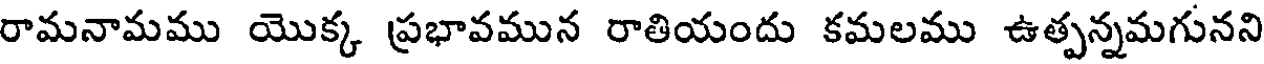
రామనామము యొక్క (ప్రభావమున రాతియందు కమలము ఉత్పన్నమగునని